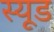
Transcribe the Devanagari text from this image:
स्‍यूड